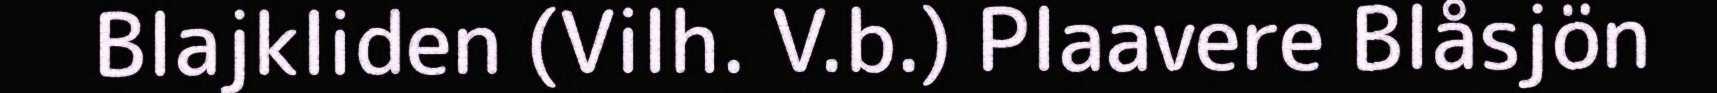
Blajkliden (Vilh. V.b.) Plaavere Blåsjön